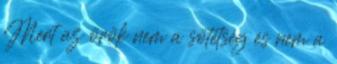
Mert az örök nem a sötétség és nem a